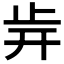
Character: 𣥎